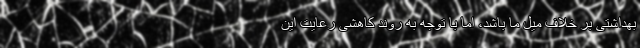
بهداشتی بر خلاف میل ما باشد، اما با توجه به روند کاهشی رعایت این